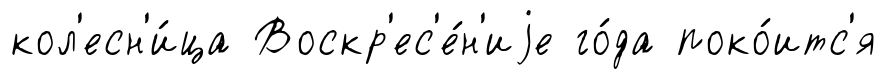
кол'есн'и́ца Воскр'ес'е́н'иjе го́да поко́итс'я